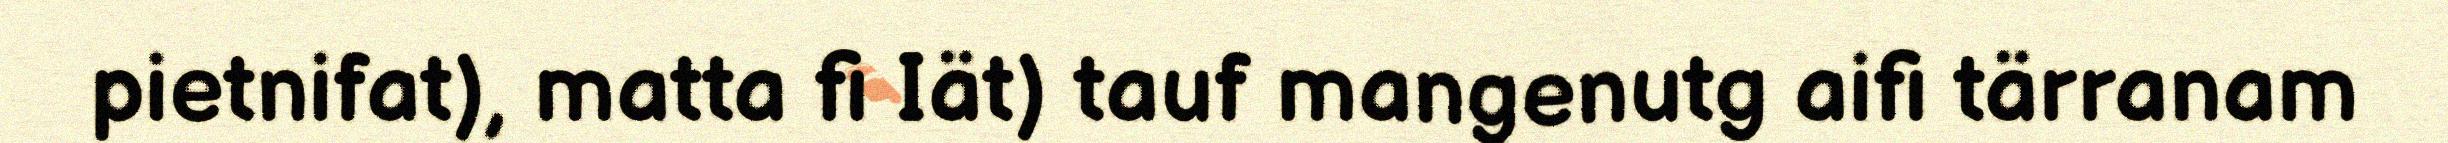
pietnifat), matta fi Iät) tauf mangenutg aifi tärranam